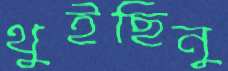
থুইছিনু